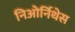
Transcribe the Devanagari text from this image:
निओर्निथेस